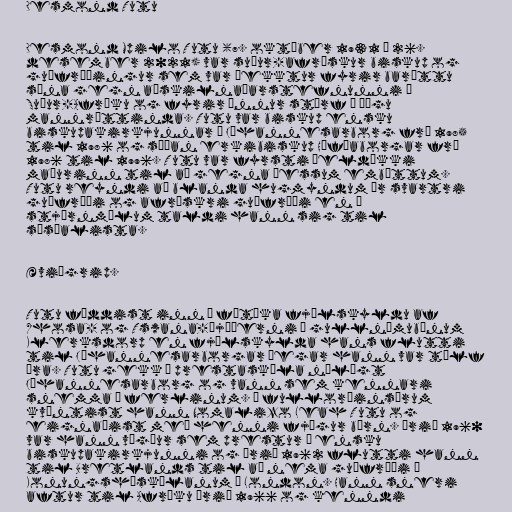
Desmond Tutu

Desmond Mpilo Tutu (7. október 1931 – 26.
desember 2021) var suður-afrískur biskup og
guðfræðingur sem var þekktur fyrir baráttu
sína gegn aðskilnaðarstefnunni í
Suður-Afríku og fyrir önnur störf í þágu
mannréttinda. Tutu var biskup ensku
biskupakirkjunnar í Jóhannesarborg frá 1985
til 1986 og síðan erkibiskup Höfðaborgar frá
1986 til 1996. Tutu var fyrsti þeldökki
maðurinn til að gegna þessum embættum.
Tutu reyndi að blanda hugmyndum úr svartri
guðfræði og afrískri guðfræði en í
stjórnmálum taldi hann sig til
sósíalista.

Æviágrip.

Tutu fæddist inn í fátæka fjölskyldu af
Xhosa- og Tswana-þjóðerni í gullnámubænum
Klerksdorp en fjölskylda hans flutti
til Jóhannesarborgar þegar hann var tólf
ára. Tutu gekk í prestaskóla nálægt
Jóhannesarborg og vann sem kennari
snemma á ferlinum. Á fullorðinsárum
kvæntist hann Nomalizo Leah Tutu og
eignaðist með henni fjögur börn. Árið 1960
var hann vígður sem prestur í ensku
biskupakirkjunni og árið 1962 flutti hann
til Bretlands til að nema guðfræði í
Konungsháskólanum í London. Hann sneri
aftur til Afríku árið 1966 og kenndi